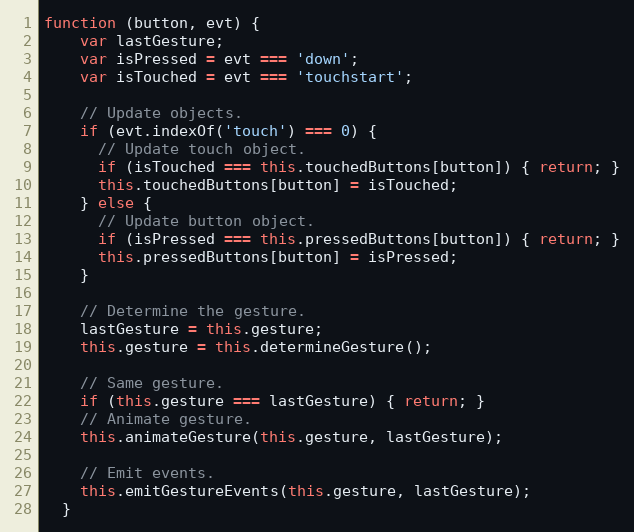
Language: JavaScript
function (button, evt) {
    var lastGesture;
    var isPressed = evt === 'down';
    var isTouched = evt === 'touchstart';

    // Update objects.
    if (evt.indexOf('touch') === 0) {
      // Update touch object.
      if (isTouched === this.touchedButtons[button]) { return; }
      this.touchedButtons[button] = isTouched;
    } else {
      // Update button object.
      if (isPressed === this.pressedButtons[button]) { return; }
      this.pressedButtons[button] = isPressed;
    }

    // Determine the gesture.
    lastGesture = this.gesture;
    this.gesture = this.determineGesture();

    // Same gesture.
    if (this.gesture === lastGesture) { return; }
    // Animate gesture.
    this.animateGesture(this.gesture, lastGesture);

    // Emit events.
    this.emitGestureEvents(this.gesture, lastGesture);
  }